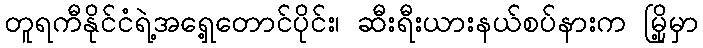
တူရကီနိုင်ငံရဲ့အရှေ့တောင်ပိုင်း၊ ဆီးရီးယားနယ်စပ်နားက မြို့မှာ